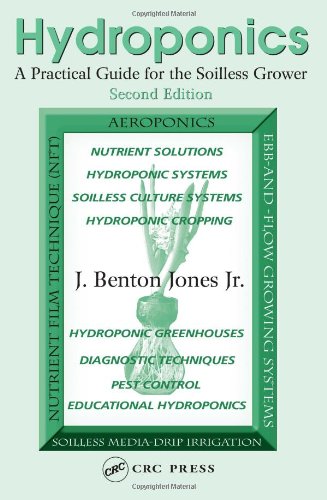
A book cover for Hydroponics: A Practical Guide for the Soilless Grower; J. Benton Jones  Jr.; Science & Math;